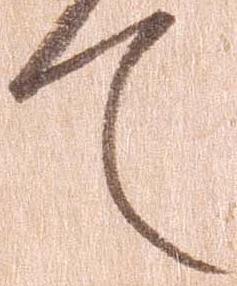
て